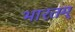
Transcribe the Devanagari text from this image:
भारतम्‌